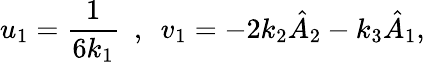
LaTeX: u_{1}=\frac{1}{6k_{1}}~~,~~v_{1}=-2k_{2}\hat{A}_{2}-k_{3}\hat{A}_{1},